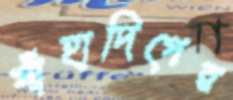
যাঁহাদিগের